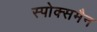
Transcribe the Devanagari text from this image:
स्पोक्समैन